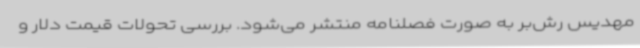
مهدیس رش‌بر به صورت فصلنامه منتشر می‌شود. بررسی تحولات قیمت دلار و